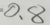
0 . 8